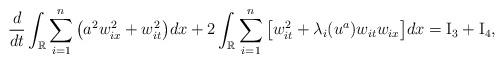
LaTeX: \begin{align*}&\frac{d}{dt} \int_\mathbb{R} \sum_{i=1}^n\big(a^2 w_{ix}^2 + w_{it}^2\big) dx+2 \int_\mathbb{R} \sum_{i=1}^n \big[w_{it}^2+\lambda_i(u^a) w_{it} w_{ix}\big] dx= \rm{I}_3 + \rm{I}_4,\end{align*}